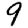
Digit: 9